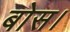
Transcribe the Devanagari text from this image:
बोस।